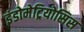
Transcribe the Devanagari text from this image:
इंडोमेट्रियोसिस